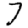
Digit: 7